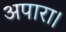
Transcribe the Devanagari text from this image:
अपारा।